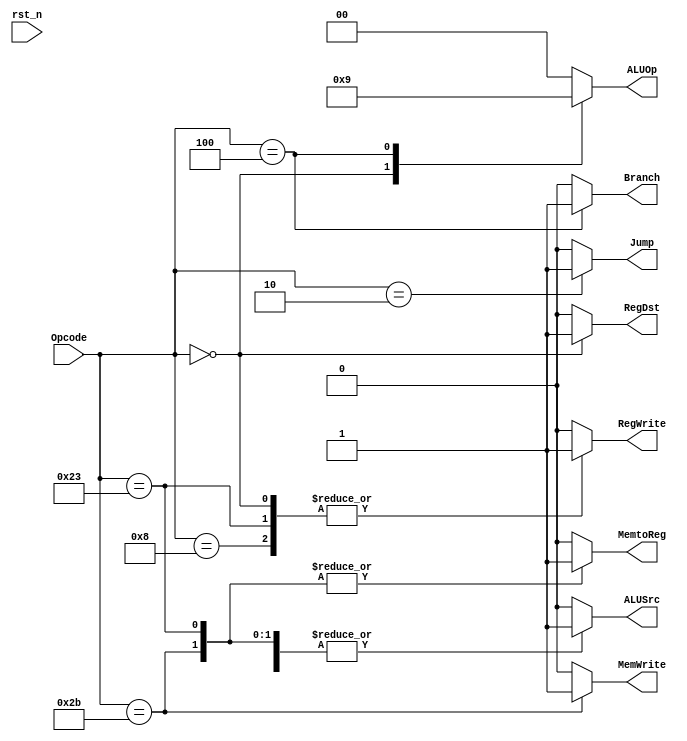
/*

	File name    : Control_Unit
	LastEditors  : H
	LastEditTime : 2021-11-04 21:48:09
	Last Version : 1.0
	Description  : According to Opcode Output the Control Signal
	
	----------------------------------------------------------------------------------------
	
	Author       : H
	Date         : 2021-11-03 21:01:39
	FilePath     : \MIPS_Pipeline\Control_Unit.v
	Copyright 2021 H, All Rights Reserved. 

*/
module Control_Unit(
    // System Clock
    input        rst_n,
    // User Interface
    output  reg [1:0]    ALUOp,
    output  reg     MemWrite,RegWrite,
    output  reg     RegDst,
    output  reg     MemtoReg,
    output  reg     ALUSrc,
    output  reg     Branch,
    output  reg     Jump,
    input   [5:0]   Opcode
);
/*******************************************************************************
 *                                 Main Code
*******************************************************************************/

always @(*) begin
    if (rst_n) begin
        RegWrite = 1'b0;
        RegDst   = 1'b0;
        ALUSrc   = 1'b0;
        Branch   = 1'b0;
        MemWrite = 1'b0;
        MemtoReg = 1'b0;
        ALUOp    = 2'b00;
        Jump     = 1'b0;
    end
    case (Opcode)
        // R type no Immediate Instruction
        6'b000000 : begin
            RegWrite = 1'b1;
            RegDst   = 1'b1;
            ALUSrc   = 1'b0;
            Branch   = 1'b0;
            MemWrite = 1'b0;
            MemtoReg = 1'b0;
            ALUOp    = 2'b10;
            Jump     = 1'b0;
        end
        // beq Instruction
        6'b000100 : begin
            RegWrite = 1'b0;
            RegDst   = 1'b0;    // dont care
            ALUSrc   = 1'b0;
            Branch   = 1'b1;    
            MemWrite = 1'b0;
            MemtoReg = 1'b0;    // dont care
            ALUOp    = 2'b01;
            Jump     = 1'b0;
        end
        // sw Instruction
        6'b101011 : begin
            RegWrite = 1'b0;
            RegDst   = 1'b0;
            ALUSrc   = 1'b1;
            Branch   = 1'b0;
            MemWrite = 1'b1;
            MemtoReg = 1'b1;
            ALUOp    = 2'b00;
            Jump     = 1'b0;
        end
        // lw Instruction
        6'b100011 : begin
            RegWrite = 1'b1;
            RegDst   = 1'b0;
            ALUSrc   = 1'b1;
            Branch   = 1'b0;
            MemWrite = 1'b0;
            MemtoReg = 1'b1;
            ALUOp    = 2'b00;
            Jump     = 1'b0;
        end
        // addi Instruction
        6'b001000 : begin
            RegWrite = 1'b1;
            RegDst   = 1'b0;
            ALUSrc   = 1'b1;
            Branch   = 1'b0;
            MemWrite = 1'b0;
            MemtoReg = 1'b0;
            ALUOp    = 2'b00;
            Jump     = 1'b0;
        end
        // J type Instruction
        6'b000010 : begin
            RegWrite = 1'b0;
            RegDst   = 1'b0;
            ALUSrc   = 1'b0;
            Branch   = 1'b0;
            MemWrite = 1'b0;
            MemtoReg = 1'b0;
            ALUOp    = 2'b00;
            Jump     = 1'b1;
        end
        default: begin
            RegWrite = 1'b0;
            RegDst   = 1'b0;
            ALUSrc   = 1'b0;
            Branch   = 1'b0;
            MemWrite = 1'b0;
            MemtoReg = 1'b0;
            ALUOp    = 2'b00;
            Jump     = 1'b0;
        end
    endcase
end

endmodule